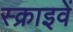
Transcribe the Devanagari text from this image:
स्क्राइवें